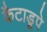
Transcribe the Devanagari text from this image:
कैटाडूपे